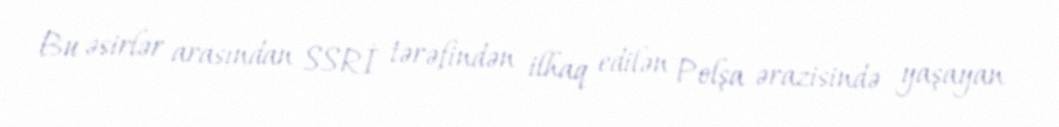
Bu əsirlər arasından SSRİ tərəfindən ilhaq edilən Polşa ərazisində yaşayan